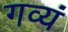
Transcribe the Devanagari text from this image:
गव्यं